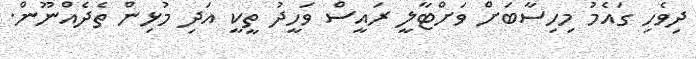
ދިވެހި ގައެމު މިހިސާބަށް ވަށްޓާލީ ރައީސް ވަހީދު ތީކީ އަދި މުޅިން ތެދެއްނޫން.